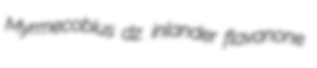
Myrmecobius dz. inlander flavanone